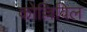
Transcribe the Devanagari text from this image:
कोल्लिविल